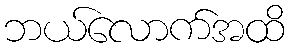
ဘယ်လောက်အထိ